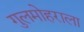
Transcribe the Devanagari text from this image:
गुलमोहराला